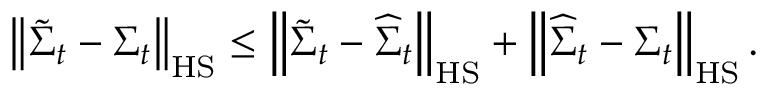
\left\| \widetilde { \boldsymbol { \Sigma } } _ { t } - \boldsymbol { \Sigma } _ { t } \right\| _ { \mathrm { H S } } \leq \left\| \widetilde { \boldsymbol { \Sigma } } _ { t } - \widehat { \boldsymbol { \Sigma } } _ { t } \right\| _ { \mathrm { H S } } + \left\| \widehat { \boldsymbol { \Sigma } } _ { t } - \boldsymbol { \Sigma } _ { t } \right\| _ { \mathrm { H S } } .